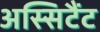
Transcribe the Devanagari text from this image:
अस्सिटैंट